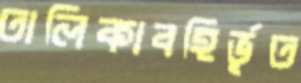
তালিকাবহির্ভূত